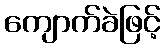
ကျောက်ခဲဖြင့်